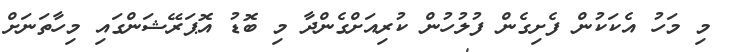
މި މަހު އެކަކުން ފެށިގެން ފުލުހުން ކުރިއަށްގެންދާ މި ބޮޑު އޮޕަރޭޝަންގައި މިހާތަނަށް